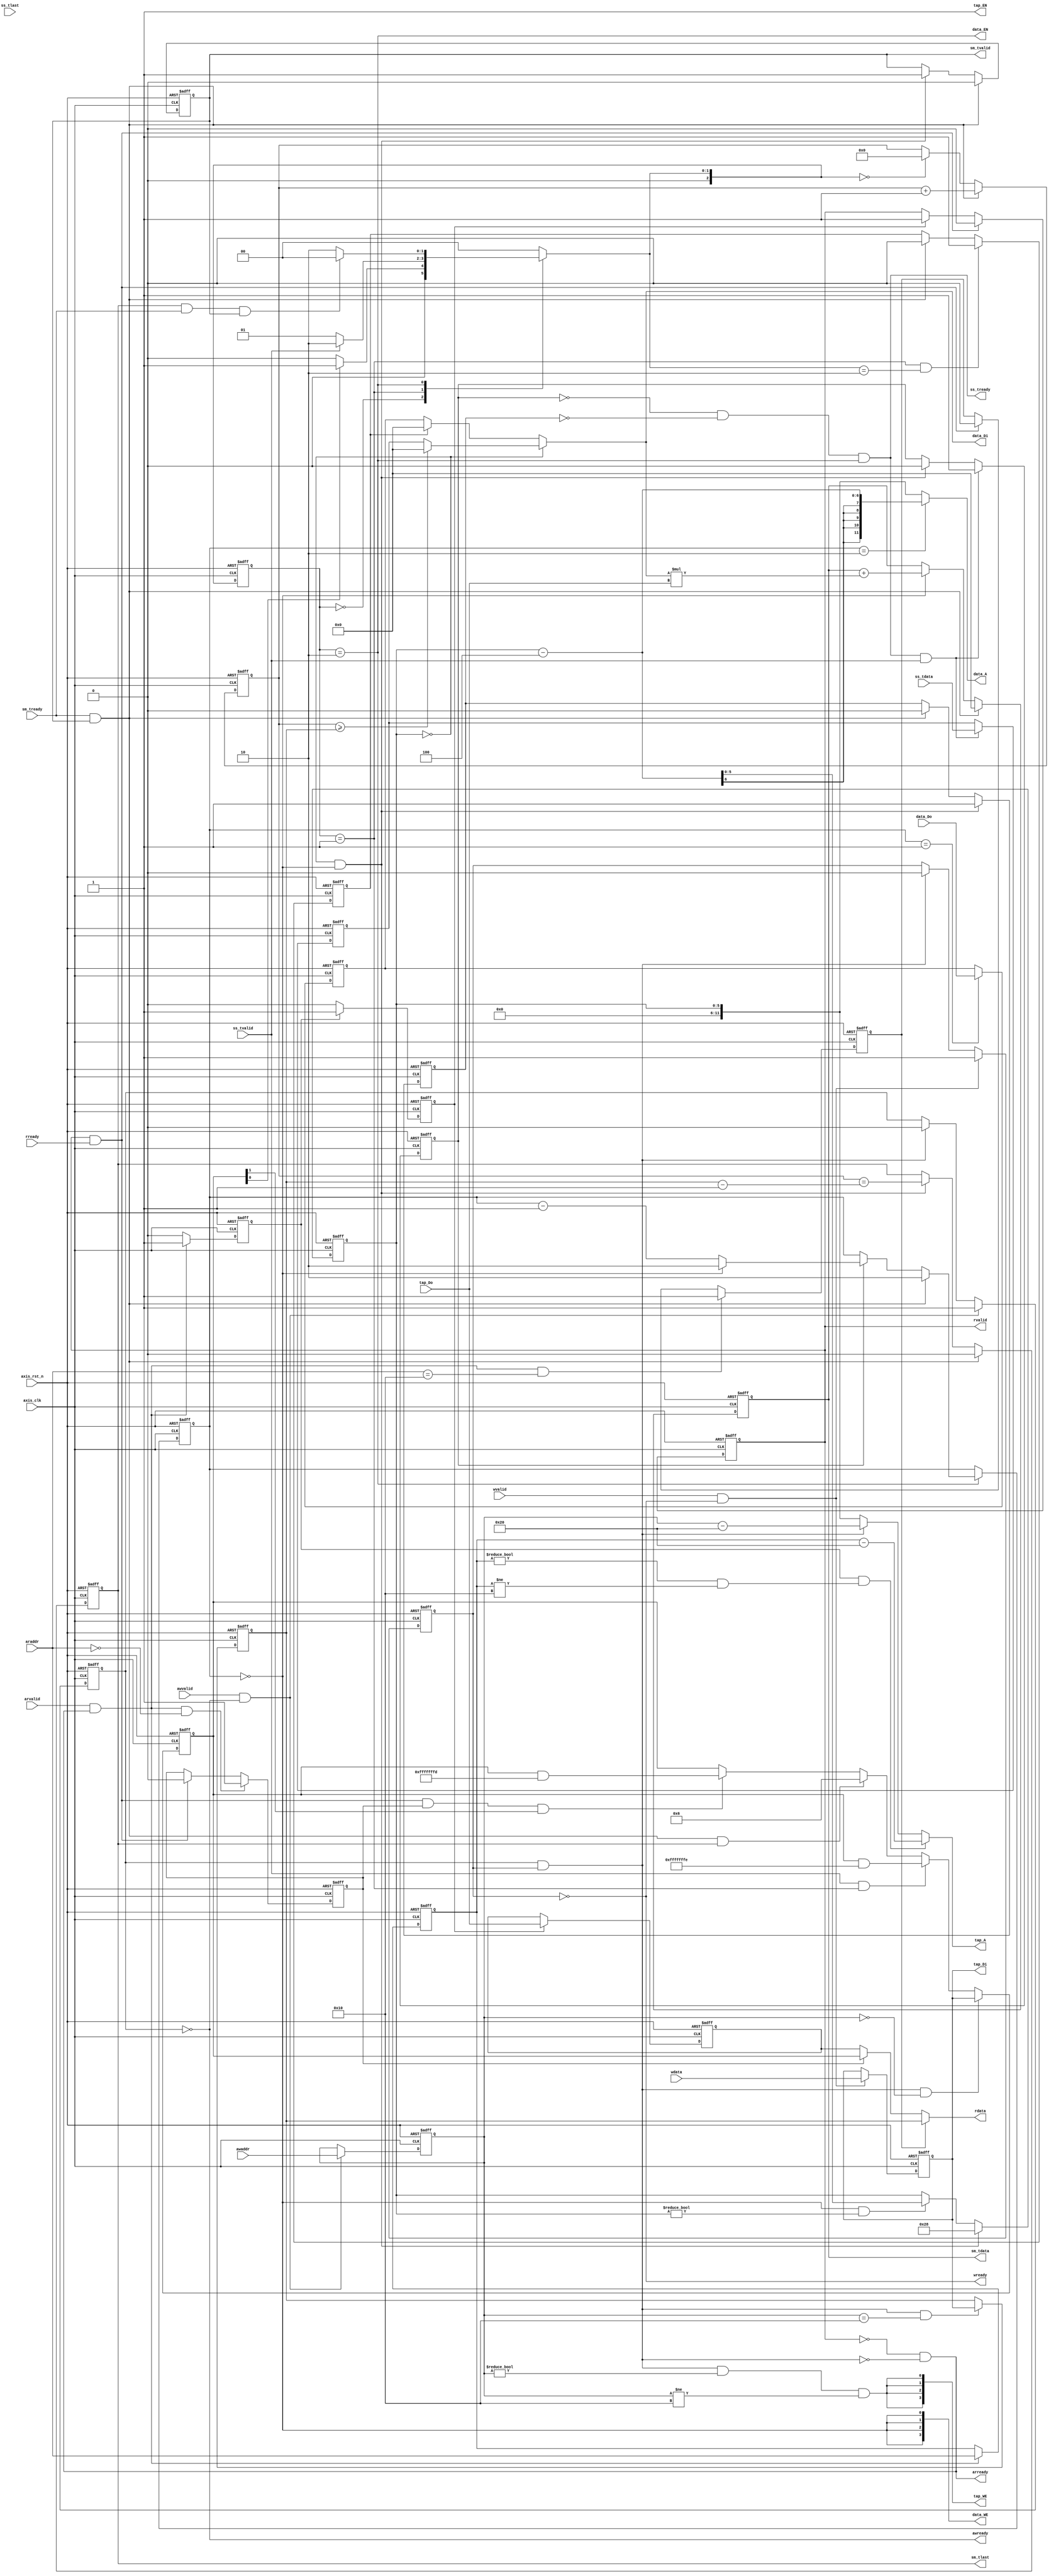
module fir 
#(  parameter pADDR_WIDTH = 12,
    parameter pDATA_WIDTH = 32,
    parameter Tape_Num    = 11
)
(   // ---------------------------------------------------------------------------
    // AXI4-Lite Write Transaction   
    // 1. Master puts an address on awaddr and data on wdata. At the same time it asserts awvalid and wvalid.
    input   wire [(pADDR_WIDTH-1):0] awaddr,
    input   wire                     awvalid,
    input   wire [(pDATA_WIDTH-1):0] wdata,
    input   wire                     wvalid,
    // 2.  Slave asserts awready and wready
    output  wire                     awready,
    output  wire                     wready,
    // ---------------------------------------------------------------------------
    // AXI4-Lite Read Transaction
    // 1. Master asserts arvalid, rready
    input   wire [(pADDR_WIDTH-1):0] araddr,
    input   wire                     arvalid,
    input   wire                     rready,
    // 2. Slave asserts arready
    output  wire                     arready,
    // 3. After handshake, Slave puts the requested data on rdata and asserts rvalid.
    output  wire [(pDATA_WIDTH-1):0] rdata, 
    output  wire                     rvalid,
    // ---------------------------------------------------------------------------
    // AXI4-Stream Transfer Protocol
    // 1. Slave side
    input   wire [(pDATA_WIDTH-1):0] ss_tdata, 
    input   wire                     ss_tlast, 
    input   wire                     ss_tvalid,
    output  reg                      ss_tready, 
    // 2. Master side
    input   wire                     sm_tready,  
    output  wire [(pDATA_WIDTH-1):0] sm_tdata, 
    output  reg                     sm_tlast, 
    output  reg                     sm_tvalid, 
    // ---------------------------------------------------------------------------
    // bram for tap RAM
    output  wire [3:0]               tap_WE,
    output  wire                     tap_EN,
    output  wire [(pDATA_WIDTH-1):0] tap_Di,
    output  wire [(pADDR_WIDTH-1):0] tap_A,
    input   wire [(pDATA_WIDTH-1):0] tap_Do,
    // bram for data RAM
    output  wire [3:0]               data_WE,
    output  wire                     data_EN,
    output  wire [(pDATA_WIDTH-1):0] data_Di,
    output  wire [(pADDR_WIDTH-1):0] data_A,
    input   wire [(pDATA_WIDTH-1):0] data_Do,
    // ---------------------------------------------------------------------------
    input   wire                     axis_clk,
    input   wire                     axis_rst_n
);
    // Wires and Registers
    // ---------------------------------------------------------------------------
    // ---- Add your own wires and registers here if needed ---- //
    // FSM state
    localparam IDLE     =  3'd0;
    localparam SET_UP   =  3'd1;
    localparam COMPUTE  =  3'd2;
    localparam DONE     =  3'd3;
    reg [2:0] state, state_next;
    // Program data
    reg [(pDATA_WIDTH-1):0] config_r;
    reg [(pDATA_WIDTH-1):0] data_length;
    // Write
    reg  write_en, write_en_next;
    reg  [(pADDR_WIDTH-1):0] write_addr_w, write_addr_r;
    reg  [(pDATA_WIDTH-1):0] write_data_w, write_data_r;
    reg  write_addr_received_w, write_addr_received_r;
    reg  write_data_received_w, write_data_received_r;
    // Read
    reg  [(pADDR_WIDTH-1):0] read_addr_w, read_addr_r;
    reg  [(pDATA_WIDTH-1):0] read_data_r;
    reg  [(pDATA_WIDTH-1):0] tap_ram_data_w, tap_ram_data_r;
    reg  read_addr_received_w, read_addr_received_r;
    reg  read_data_length_w, read_data_length_r;
    reg  read_config_w, read_config_r;
    reg  read_tap_ram_w, read_tap_ram_r;
    reg  read_valid_w, read_valid_r;

    reg [pADDR_WIDTH-1 : 0] tap_A_w, tap_A_r;
    reg first_data;
    reg [5:0] shift_counter;
    wire data_write_en;
    reg [1:0] data_read_stage;
    reg computing, outputing;
    reg last_data;
    reg signed [(pDATA_WIDTH-1):0] data_received;
    reg [9:0] data_counter;

    reg signed [(pDATA_WIDTH-1):0] accumulated_result;
    wire signed [(pDATA_WIDTH-1):0] mult_result;
    reg signed [(pDATA_WIDTH-1):0] mult1;
    wire signed [(pDATA_WIDTH-1):0] mult2;
    reg signed [(pDATA_WIDTH-1):0] current_data;
    // ---------------------------------------------------------------------------
    always @(*) begin
        case (state)
            IDLE: state_next = config_r[0] ? SET_UP : IDLE;
            SET_UP:  begin
                state_next = ss_tvalid ? COMPUTE : SET_UP;
            end
            COMPUTE: begin
                state_next = !(sm_tlast && sm_tready && sm_tvalid) ? COMPUTE : IDLE;
            end
            default: state_next = IDLE; 
        endcase
    end
    always @(posedge axis_clk or negedge axis_rst_n) begin
        if(!axis_rst_n)
            state <= IDLE;
        else
            state <= state_next;   
    end
    // ---------------------------------------------------------------------------
    // AXI4-Lite Write Transaction  
    
    // assign write_en = write_addr_received_r && write_data_received_r;
    assign awready = !write_addr_received_r;
    assign wready  = !write_data_received_r;
    always @(*) begin
        write_en = write_addr_received_r && write_data_received_r;
    end
    always @(*) begin
        write_addr_received_w = write_addr_received_r;
        if(awvalid && awready)
            write_addr_received_w = 1;
        else if(write_en)
            write_addr_received_w = 0;
    end
    always @(*) begin
        write_data_received_w = write_data_received_r;
        if(wvalid && wready)
            write_data_received_w = 1;
        else if(write_en)
            write_data_received_w = 0;
    end
    always @(*) begin
        write_addr_w = write_addr_r;
        if(awvalid && awready)
            write_addr_w = awaddr;
    end
    always @(*) begin
        write_data_w = write_data_r;
        if(wvalid && wready)
            write_data_w = wdata;
    end
    always @(posedge axis_clk or negedge axis_rst_n ) begin
        if(!axis_rst_n) begin
            write_addr_r <= 0;
            write_data_r <= 0;
            write_addr_received_r <= 0;
            write_data_received_r <= 0;
        end
        else begin
            write_addr_r <= write_addr_w;
            write_data_r <= write_data_w;
            write_addr_received_r <= write_addr_received_w;
            write_data_received_r <= write_data_received_w;
        end
    end
    // ---------------------------------------------------------------------------
    // AXI4-Lite Read Transaction
    // read_check coef(tap_ram), data_length, config_r
    assign arready = !rvalid && !write_en;
    assign rvalid  = read_valid_r;
    assign rdata   = read_data_r;
    
    always @(*) begin
        read_valid_w = read_valid_r;
        if(rvalid && rready)
            read_valid_w = 0;
        else if(read_tap_ram_r)
            read_valid_w = 1;
    end

    always @(*) begin
        if(read_data_length_r)
            read_data_r = data_length;
        else if(read_config_r)
            read_data_r = config_r;
        else
            read_data_r = tap_ram_data_r;
    end

    always @(*) begin
        read_addr_received_w = read_addr_received_r;
        if(arvalid && arready)
            read_addr_received_w = 1;
        else
            read_addr_received_w = 0;
    end

    always @(*) begin
        read_addr_w = read_addr_r;
        if(arvalid && arready)
            read_addr_w = araddr;
    end

    always @(*) begin
        read_data_length_w = read_data_length_r;
        if(arvalid && arready && araddr == 12'h10)
            read_data_length_w = 1;
        else if(rready && rvalid)
            read_data_length_w = 0;
    end

    always @(*) begin
        read_config_w = read_config_r;
        if(arvalid && arready && araddr == 12'h00)
            read_config_w = 1;
        else if(rready && rvalid)
            read_config_w = 0;
    end

    always @(*) begin
        read_tap_ram_w = read_tap_ram_r;
        if(read_addr_received_r)
            read_tap_ram_w = 1;
        else
            read_tap_ram_w = 0;
    end

    always @(*) begin
        tap_ram_data_w = tap_ram_data_r;
        if(read_tap_ram_r)
            tap_ram_data_w = tap_Do;
    end
    always @(posedge axis_clk or negedge axis_rst_n ) begin
        if(!axis_rst_n) begin
            read_addr_r          <= 0;
            read_addr_received_r <= 0;
            read_data_length_r   <= 0;
            read_config_r        <= 0;
            read_tap_ram_r       <= 0;
            tap_ram_data_r       <= 0;
            read_valid_r         <= 0;
        end
        else begin
            read_addr_r          <= read_addr_w;
            read_addr_received_r <= read_addr_received_w;
            read_data_length_r   <= read_data_length_w;
            read_config_r        <= read_config_w;
            read_tap_ram_r       <= read_tap_ram_w;
            tap_ram_data_r       <= tap_ram_data_w;
            read_valid_r         <= read_valid_w;
        end
    end
    
    // ---------------------------------------------------------------------------
    // bram for tap RAM
    
    assign tap_WE = {4{write_en && write_addr_r != 12'h00 && write_addr_r != 12'h10}};
    assign tap_EN = 1;
    assign tap_Di = write_data_r;
    assign tap_A  = tap_A_w;

    always @(*) begin
        tap_A_w = tap_A_r;
        if(read_addr_received_r && (read_addr_r != 12'h00 && read_addr_r != 12'h10))
            tap_A_w = read_addr_r - 12'h20;
        else if(write_en)
            tap_A_w = write_addr_r - 12'h20;
        else
            tap_A_w = shift_counter;
    end
    always @(posedge axis_clk or negedge axis_rst_n) begin
        if(!axis_rst_n)
            tap_A_r <= 0;
        else
            tap_A_r <= tap_A_w;
    end
    // ---------------------------------------------------------------------------
    // axi address config and data_length
    always@(posedge axis_clk or negedge axis_rst_n)begin
        if(!axis_rst_n)begin
            config_r <= 32'h0000_0004;
        end
        else begin
            if(write_en && write_addr_r == 12'h00) config_r <= write_data_r;
            else if(ss_tvalid && state == SET_UP) config_r <= config_r & 32'hFFFF_FFFE;
            else if(sm_tready && sm_tvalid && sm_tlast) config_r <= 32'h0000_0006;
            else if(rready && rvalid && read_config_r && config_r[1] == 1) config_r <= config_r & 32'hFFFF_FFFD;
            else config_r <= config_r;
        end
    end
    
    always@(posedge axis_clk or negedge axis_rst_n)begin
        if(!axis_rst_n)begin
            data_length <= 0;
        end
        else begin
            if(write_en && write_addr_r == 12'h10) data_length <= write_data_r;
            else data_length <= data_length;
        end
    end
    // ---------------------------------------------------------------------------
    // compute


    assign data_EN = (state == COMPUTE);
    assign data_write_en = (data_read_stage == 0);
    assign data_WE = {4{data_write_en}};
    assign data_A = (data_read_stage == 2) ? shift_counter - 4 : shift_counter;
    assign data_Di = mult1;

    assign mult2 = tap_Do;
    assign mult_result = mult1 * mult2;
    assign sm_tdata = accumulated_result;

    always@(*)begin
        if(shift_counter == 0)begin
            if(data_counter >= data_length) mult1 = 0;
            else mult1 = data_received;
        end
        else begin
            if(first_data) mult1 = 0;
            else mult1 = current_data;
        end
    end

    always@(posedge axis_clk or negedge axis_rst_n)begin
        if(!axis_rst_n)begin
            data_counter <= 0;
        end
        else begin
            if(sm_tready && sm_tvalid) data_counter <= data_counter + 1;
            else if(state_next == IDLE) data_counter <= 0;
            else data_counter <= data_counter;
        end
    end

    always@(posedge axis_clk or negedge axis_rst_n)begin
        if(!axis_rst_n)begin
            data_received <= 0;
        end
        else begin
            if(ss_tready && ss_tvalid) data_received <= ss_tdata;
            else data_received <= data_received;
        end
    end

    always@(posedge axis_clk or negedge axis_rst_n)begin
        if(!axis_rst_n)begin
            last_data <= 0;
        end
        else begin
            if(state_next == IDLE) last_data <= 0;
            else if(ss_tready && ss_tvalid) last_data <= ss_tlast;
            else last_data <= last_data;
        end
    end

    always@(posedge axis_clk or negedge axis_rst_n)begin
        if(!axis_rst_n)begin
            computing <= 0;
        end
        else begin
            if(ss_tready && ss_tvalid) computing <= 1;
            else if(shift_counter == 0 && data_write_en) computing <= 0;
            // else if(sm_tready && sm_tvalid && (data_counter >= data_length - 1) && !sm_tlast) computing <= 1;
            else computing <= computing;
        end
    end

    always@(posedge axis_clk or negedge axis_rst_n)begin
        if(!axis_rst_n)begin
            outputing <= 0;
        end
        else begin
            if(shift_counter == 0 && data_write_en) outputing <= 1;
            else if(sm_tready && sm_tvalid) outputing <= 0;
            else outputing <= outputing;
        end
    end

    always@(posedge axis_clk or negedge axis_rst_n)begin
        if(!axis_rst_n)begin
            data_read_stage <= 2;
        end
        else begin
            if(state == COMPUTE)begin
                if(sm_tready && sm_tvalid) data_read_stage <= 2;
                else if(computing) begin
                    if(data_read_stage == 0) data_read_stage <= 2;
                    else data_read_stage <= data_read_stage - 1;
                end
                else data_read_stage <= data_read_stage;
            end
            else begin
                data_read_stage <= data_read_stage;
            end
        end
    end

    always@(posedge axis_clk or negedge axis_rst_n)begin
        if(!axis_rst_n)begin
            current_data <= 0;
        end
        else begin
            if(data_read_stage == 1) current_data <= data_Do;
            else current_data <= current_data;
        end
    end

    always@(posedge axis_clk or negedge axis_rst_n)begin
        if(!axis_rst_n)begin
            first_data <= 0;
        end
        else begin
            if(state == SET_UP && state_next == COMPUTE) first_data <= 1;
            else if(sm_tready && sm_tvalid) first_data <= 0;
            else first_data <= first_data;
        end
    end

    always@(posedge axis_clk or negedge axis_rst_n)begin
        if(!axis_rst_n)begin
            shift_counter <= 40;
        end
        else begin
            if(shift_counter == 0 && data_write_en) shift_counter <= 40;
            else if(data_write_en && shift_counter != 0) shift_counter <= shift_counter - 4;
            else shift_counter <= shift_counter;
        end
    end

    always@(posedge axis_clk or negedge axis_rst_n)begin
        if(!axis_rst_n)begin
            accumulated_result <= 0;
        end
        else begin
            if(sm_tready && sm_tvalid) accumulated_result <= 0;
            else if(data_read_stage == 0) accumulated_result <= accumulated_result + mult_result;
            else accumulated_result <= accumulated_result;
        end
    end

     // ss control
    always@(*)begin
        ss_tready = (!computing && !outputing && state == COMPUTE);
    end

    // sm control
    always@(posedge axis_clk or negedge axis_rst_n)begin
        if(!axis_rst_n)begin
            sm_tvalid <= 0;
        end
        else begin
            if(sm_tready && sm_tvalid) sm_tvalid <= 0;
            else if(shift_counter == 0 && data_write_en) sm_tvalid <= 1;
            else sm_tvalid <= sm_tvalid;
        end
    end

    always@(posedge axis_clk or negedge axis_rst_n)begin
        if(!axis_rst_n)begin
            sm_tlast <= 0;
        end
        else begin
            if(sm_tvalid && sm_tready) sm_tlast <= 0;
            else if(shift_counter == 0 && data_write_en) sm_tlast <= (data_counter == data_length -1);
            else sm_tlast <= sm_tlast;
        end
    end

endmodule